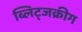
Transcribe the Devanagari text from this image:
ब्लिट्जक्रीग